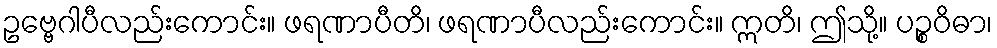
ဥဗ္ဗေဂါပီလည်းကောင်း။ ဖရဏာပီတိ၊ ဖရဏာပီလည်းကောင်း။ ဣတိ၊ ဤသို့။ ပဉ္စဝိဓာ၊